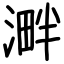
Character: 溿